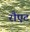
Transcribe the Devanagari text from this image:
रौएट